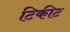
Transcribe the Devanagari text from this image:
टिकीट